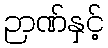
ဉာဏ်နှင့်